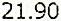
21.90